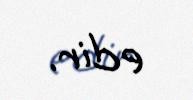
edir.